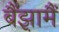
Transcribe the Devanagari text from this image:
बैंझ़ामैं